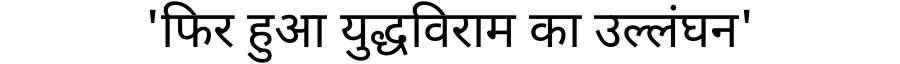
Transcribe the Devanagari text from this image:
'फिर हुआ युद्धविराम का उल्लंघन'